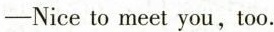
-Nice to meet you,too.